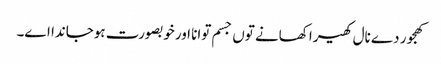
کھجور دے نال کھیرا کھانے تو‏ں جسم توانا اورخوبصورت ہوجاندا ا‏‏ے۔